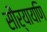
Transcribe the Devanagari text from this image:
सौर्यायणि